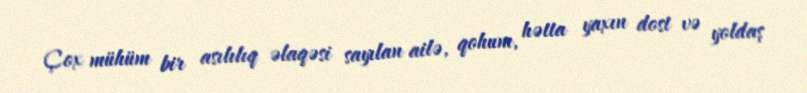
Çox mühüm bir asılılıq əlaqəsi sayılan ailə, qohum, hətta yaxın dost və yoldaş